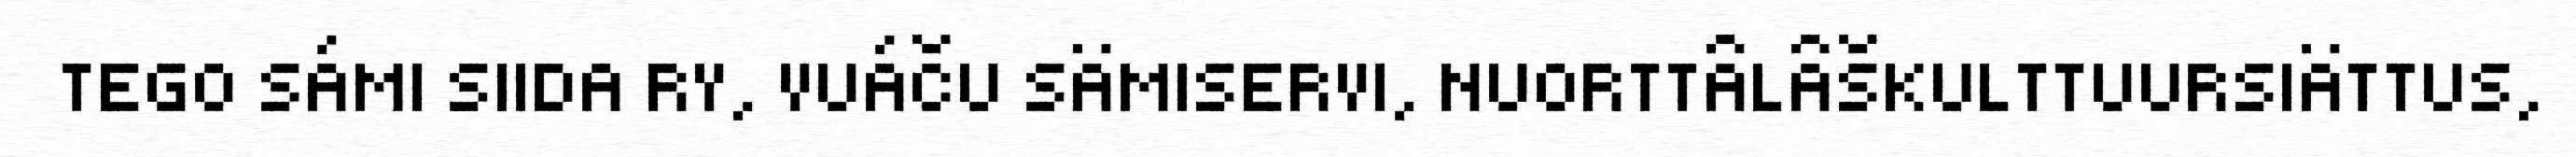
TEGO SÁMI SIIDA RY, VUÁČU SÄMISERVI, NUORTTÂLÂŠKULTTUURSIÄTTUS,